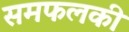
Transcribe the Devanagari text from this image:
समफलकी